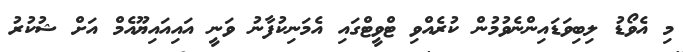
މި އެވޯޑު ލިބިވަޑައިންނެވުމުން ކުރެއްވި ޓްވީޓްގައި އެމަނިކުފާނު ވަނީ އައިއައިޔޫއެމް އަށް ޝުކުރު